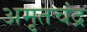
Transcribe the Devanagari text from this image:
अमृतचंद्र